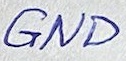
Text: GND